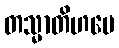
တသ္မာတိဟပေ